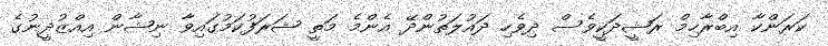
ކަރަންކާ އިބްރާހިމް ރަޝީދަކީވެސް ދިވެހި ދައުލަތުންދޭ އެންމެ މަތީ ޝަރަފުކަމުގައިވާ ނިޝާން އިއްޒުދީނުގެ